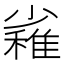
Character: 𱚪